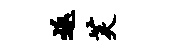
返芙